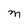
Character: M